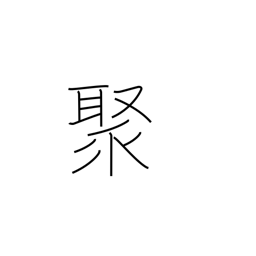
Meaning: assemble